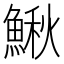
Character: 鰍